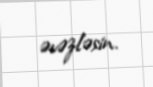
əvəzləsin.